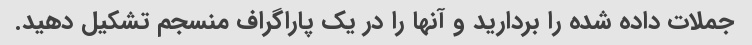
جملات داده شده را بردارید و آنها را در یک پاراگراف منسجم تشکیل دهید.